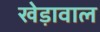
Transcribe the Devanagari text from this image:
खेड़ावाल